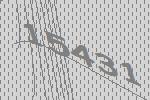
15431